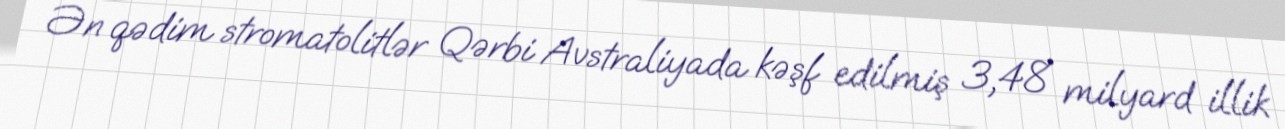
Ən qədim stromatolitlər Qərbi Avstraliyada kəşf edilmiş 3,48 milyard illik